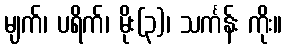
မျက်၊ ပရိက်၊ မိုး(၃)၊ သင်္ကန်း ကိုး။